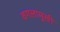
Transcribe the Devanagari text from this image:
वगलामुखी